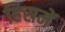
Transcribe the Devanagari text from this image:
हिसमें